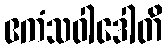
ဧကံသဝါဒေါတိ